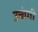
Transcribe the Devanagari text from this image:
उच्चंगी